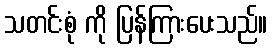
သတင်းစုံ ကို ပြန်ကြားပေးသည်။